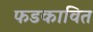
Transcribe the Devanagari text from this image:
फडकावित